Civil Veterinary Department. United Provinces 1912-22 - 1912-1922
Year: 1912
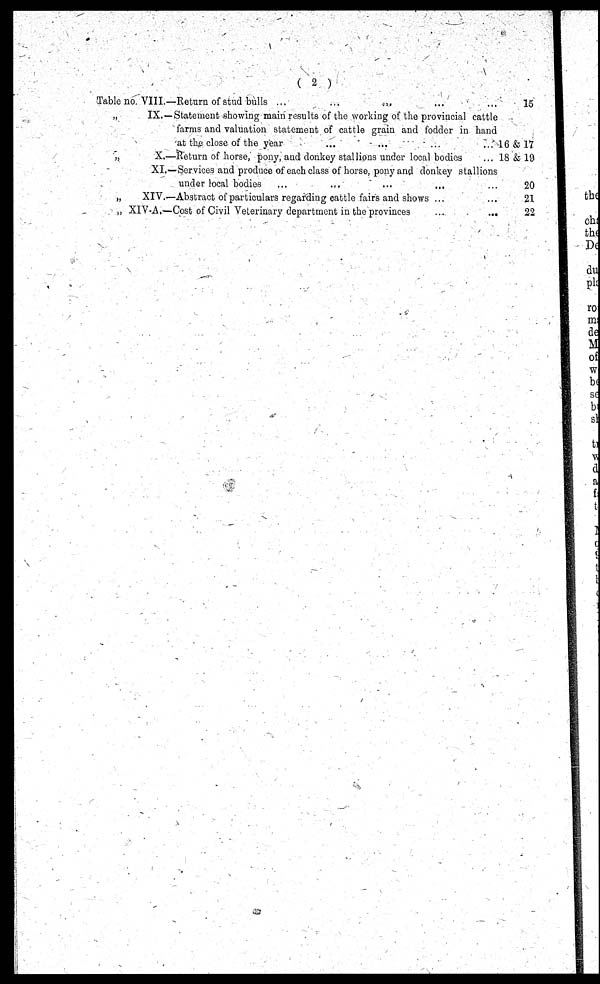
(2)
Table no. VIII.—Return of stud bulls ...
...
...
...
„
IX.—Statement showing main results of the working of the provincial cattle
farms and valuation statement of cattle grain and fodder in hand
at the close of the year ... ... ... ...
„
X.—Return of horse, pony, and donkey stallions under local bodies ...
XI.—Services and produce of each class of horse, pony and donkey stallions
under local bodies ... ... ... ... ...
„
XIV.—Abstract of particulars regarding cattle fairs and shows ... ...
„ XIV-A.—Cost of Civil Veterinary department in the provinces
...
...
15
16 & 17
18 & 19
20
21
22